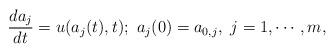
LaTeX: \begin{align*}\frac{d a_j}{dt}=u(a_j(t), t); \ a_j(0)=a_{0, j}, \ j=1, \cdots, m,\end{align*}